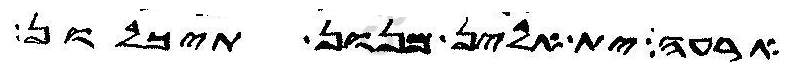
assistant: ארעה ית אלין מנון תיכלון